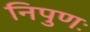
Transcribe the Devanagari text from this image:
निपुणः